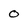
Character: 0